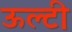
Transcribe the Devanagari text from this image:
ऊल्टी